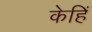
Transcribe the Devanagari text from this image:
केहिं